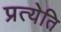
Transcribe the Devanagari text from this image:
प्रत्येति